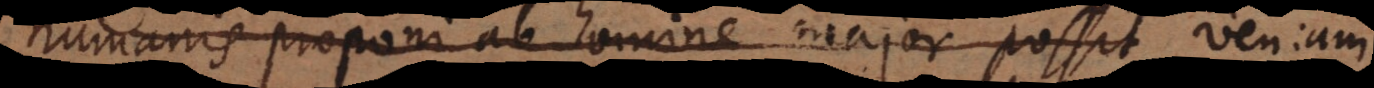
humanis proponi ab homine major possit (2)